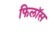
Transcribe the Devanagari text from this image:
फिलॉस